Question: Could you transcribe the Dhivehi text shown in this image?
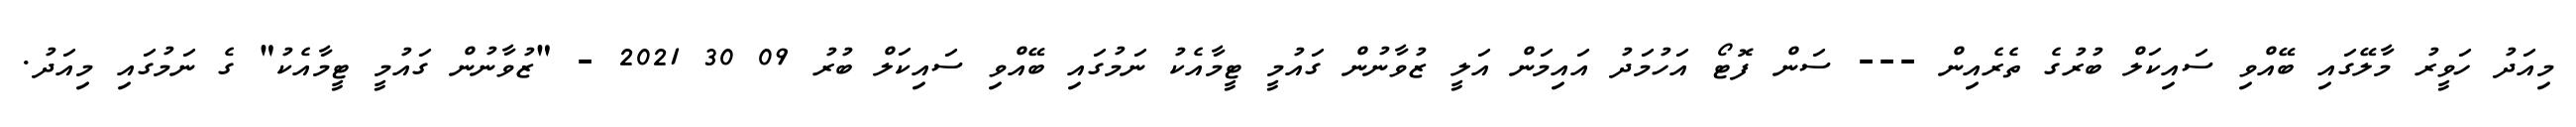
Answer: މިއަދު ހަވީރު މާލޭގައި ބޭއްވި ސައިކަލް ބުރުގެ ތެރެއިން --- ސަން ފޮޓޯ އަހުމަދު އައިމަން އަލީ ޒުވާނުން ގައުމީ ޓީމާއެކު ނަމުގައި ބޭއްވި ސައިކަލް ބުރު 09 30 2021 - "ޒުވާނުން ގައުމީ ޓީމާއެކު" ގެ ނަމުގައި މިއަދު.